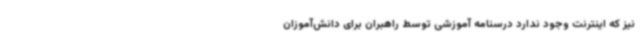
نیز که اینترنت وجود ندارد درسنامه آموزشی توسط راهبران برای دانش‌آموزان